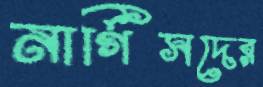
নার্গিসদের